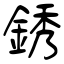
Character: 銹